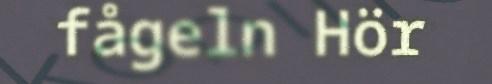
fågeln Hör